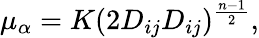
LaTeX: \mu_{\alpha}=K(2D_{ij}D_{ij})^{\frac{n-1}{2}},